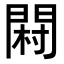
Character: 𨴺